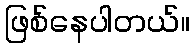
ဖြစ်နေပါတယ်။